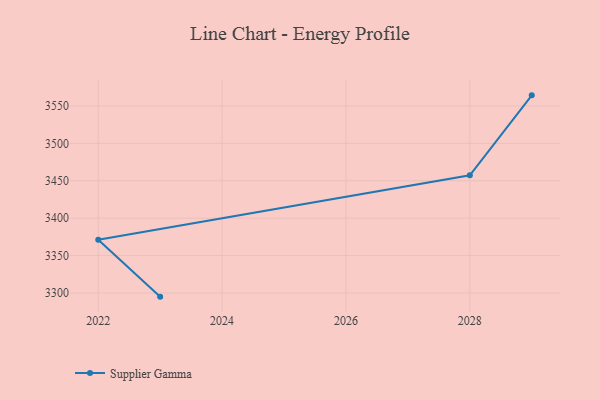
{"axis": {"x": "Year", "y": "Customer Acquisition Cost (USD)"}, "legend": ["Supplier Gamma"], "data": [{"x": "2023", "y": 3295.1, "type": "Supplier Gamma"}, {"x": "2022", "y": 3371.1, "type": "Supplier Gamma"}, {"x": "2028", "y": 3457.3, "type": "Supplier Gamma"}, {"x": "2029", "y": 3564.2, "type": "Supplier Gamma"}]}